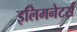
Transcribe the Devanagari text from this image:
इलिमनेटर्स